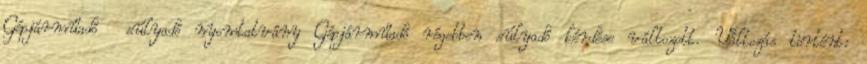
Gépjárműadó súlyadó nyomtatvány Gépjárműadó régebben súlyadó kérdése változott. Változás történt: